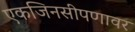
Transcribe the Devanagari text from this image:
एकजिनसीपणावर